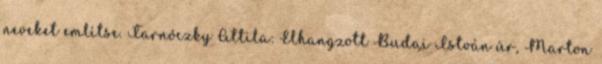
neveket említse. Tarnóczky Attila: Elhangzott Budai István úr, Marton